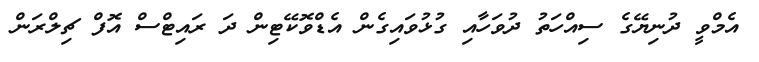
އެމްވީ ދުނިޔޭގެ ސިއްހަތު ދުވަހާއި ގުޅުވައިގެން އެޑްވޮކޭޓިން ދަ ރައިޓްސް އޮފް ޗިލްރަން